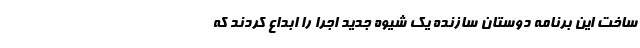
ساخت این برنامه دوستان سازنده یک شیوه جدید اجرا را ابداع کردند که